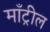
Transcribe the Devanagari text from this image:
माँट्रील